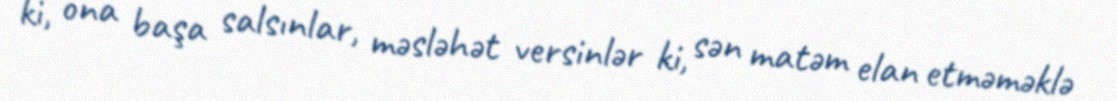
ki, ona başa salsınlar, məsləhət versinlər ki, sən matəm elan etməməklə